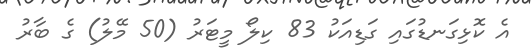
އެ ކޮޅިގަނޑުގައި ގަޑިއަކު 83 ކިލޯ މީޓަރު (50 މޭލު) ގެ ބާރު